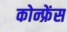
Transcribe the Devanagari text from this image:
कोन्फ्रेंस